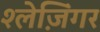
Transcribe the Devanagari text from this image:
श्लेज़िंगर